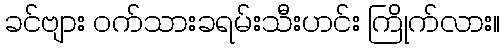
ခင်ဗျား ဝက်သားခရမ်းသီးဟင်း ကြိုက်လား။